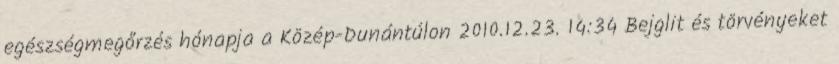
egészségmegőrzés hónapja a Közép-Dunántúlon 2010.12.23. 14:34 Bejglit és törvényeket